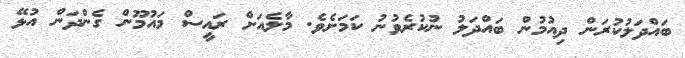
ބައްދަލުކުރަން ދިއުމުން ބައްދަލު ނުކުރެވުނު ކަމަށެވެ. މާލެއަށް ރައީސް މައުމޫން ގެންދަން އުޅޭ